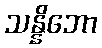
သန္နိဘော